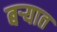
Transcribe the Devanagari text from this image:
बऱ्यात